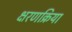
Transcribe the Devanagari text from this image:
क्षरणक्रिया